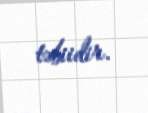
təbiidir.